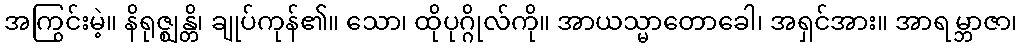
အကြွင်းမဲ့။ နိရုဇ္ဈန္တိ၊ ချုပ်ကုန်၏။ သော၊ ထိုပုဂ္ဂိုလ်ကို။ အာယသ္မာတောခေါ၊ အရှင်အား။ အာရမ္ဘာဇာ၊